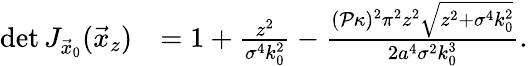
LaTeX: \begin{array}{rl}{\operatorname*{det}J_{\vec{x}_{0}}(\vec{x}_{z})}&{=1+\frac{z^{2}}{\sigma^{4}k_{0}^{2}}-\frac{(\mathcal{P}\kappa)^{2}\pi^{2}z^{2}\sqrt{z^{2}+\sigma^{4}k_{0}^{2}}}{2a^{4}\sigma^{2}k_{0}^{3}}.}\end{array}